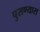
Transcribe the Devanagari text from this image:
पुसण्यास